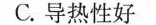
C.导热性好